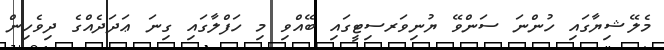
މެލޭޝިޔާގައި ހުންނަ ސަންވޭ ޔުނިވަރސިޓީގައި ބޭއްވި މި ހަފްލާގައި ގިނަ ޢަދަދެއްގެ ދިވެހިން